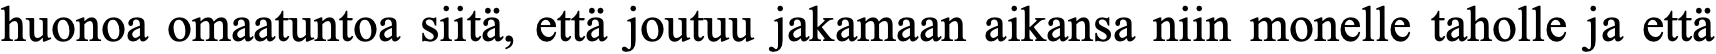
huonoa omaatuntoa siitä, että joutuu jakamaan aikansa niin monelle taholle ja että